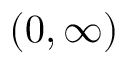
( 0 , \infty )